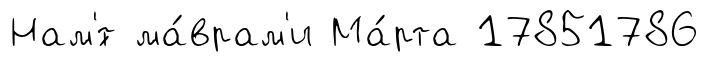
Нам'́т ма́врам'и Ма́рта 17851786